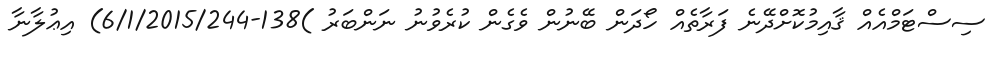
ސިސްޓަމްއެއް ޤާއިމުކޮށްދޭނެ ފަރާތެއް ހޯދަން ބޭނުން ވެގެން ކުރެވުނު ނަންބަރު )138-6/1/2015/244) އިޢުލާނާ